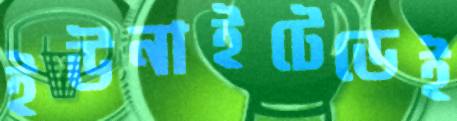
ইউনাইটেডেই